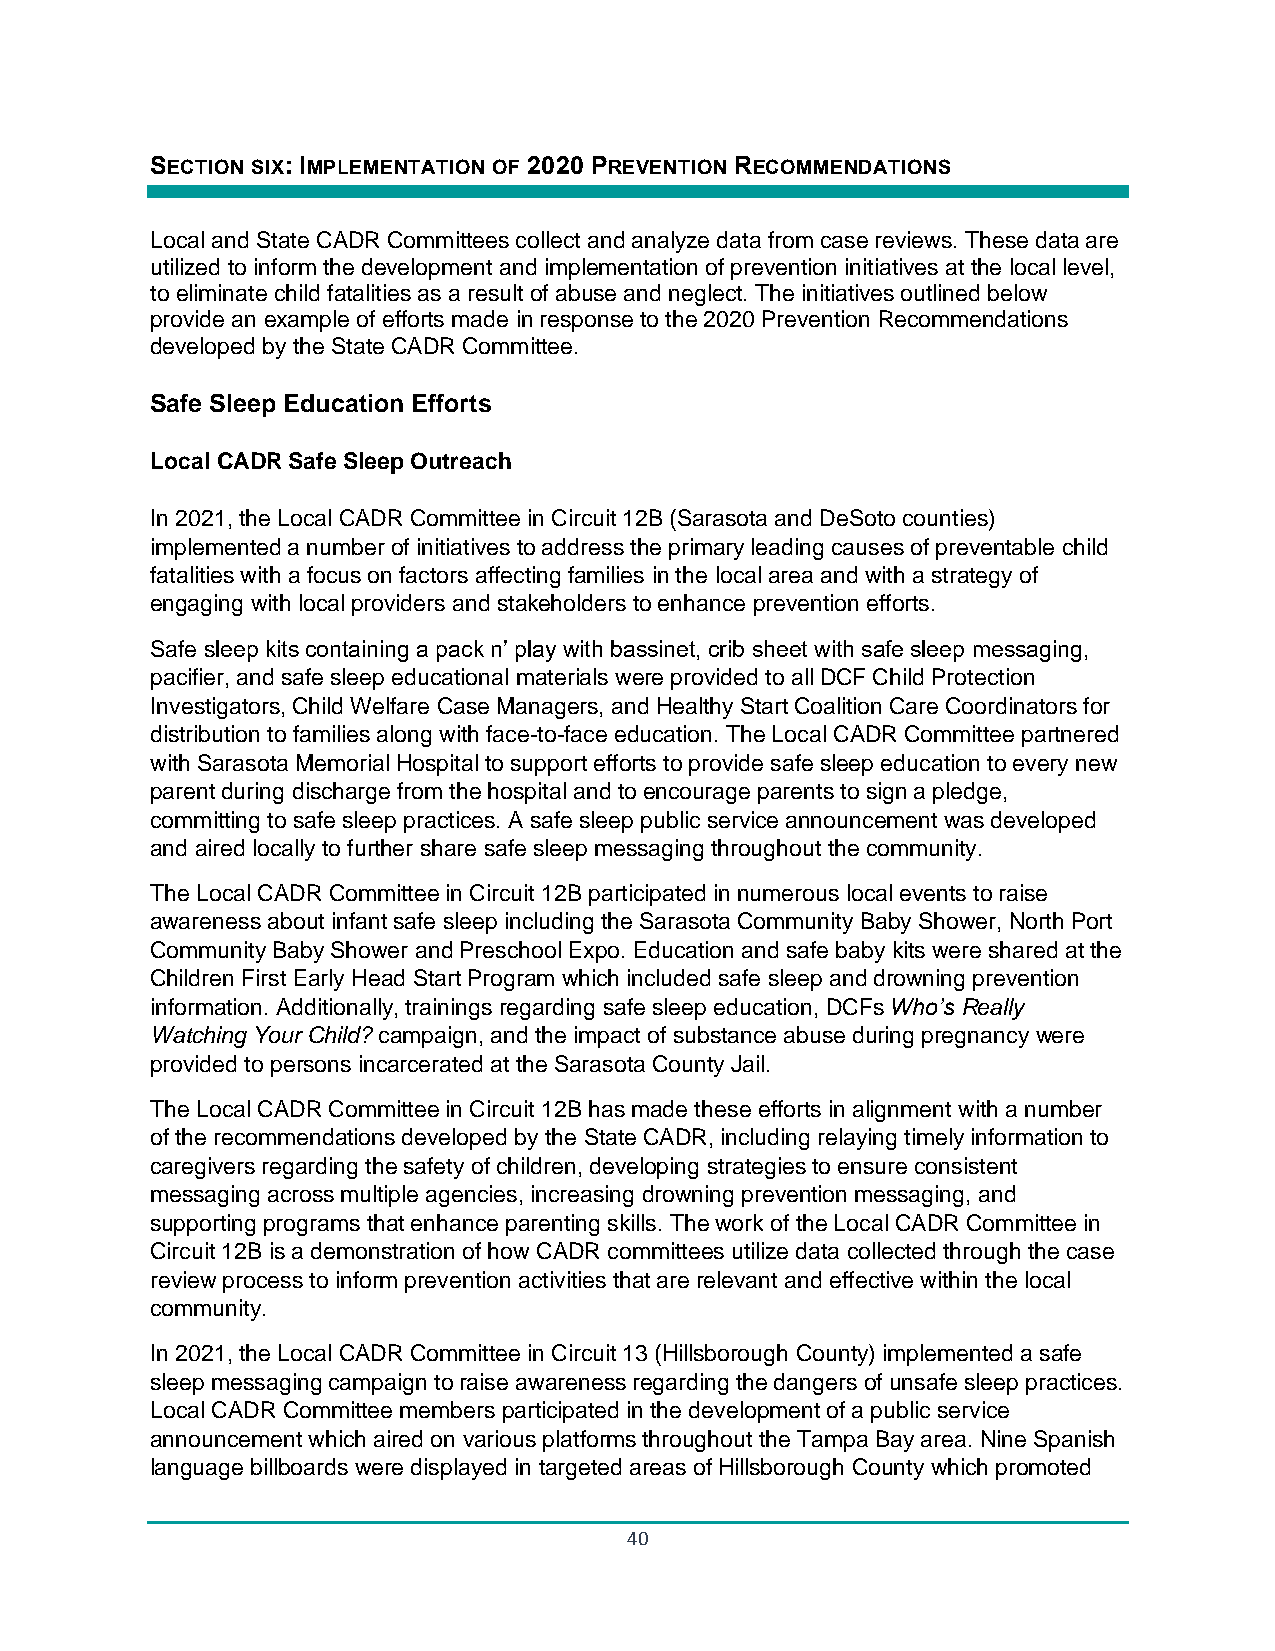
SECTION SIX: IMPLEMENTATION OF 2020 PREVENTION RECOMMENDATIONS
 Local and State CADR Committees collect and analyze data from case reviews. These data are
 utilized to inform the development and implementation of prevention initiatives at the local level,
 to eliminate child fatalities as a result of abuse and neglect. The initiatives outlined below
 provide an example of efforts made in response to the 2020 Prevention Recommendations
 developed by the State CADR Committee.
 Safe Sleep Education Efforts
 Local CADR Safe Sleep Outreach
 In 2021, the Local CADR Committee in Circuit 12B (Sarasota and DeSoto counties)
 implemented a number of initiatives to address the primary leading causes of preventable child
 fatalities with a focus on factors affecting families in the local area and with a strategy of
 engaging with local providers and stakeholders to enhance prevention efforts.
 Safe sleep kits containing a pack n’ play with bassinet, crib sheet with safe sleep messaging,
 pacifier, and safe sleep educational materials were provided to all DCF Child Protection
 Investigators, Child Welfare Case Managers, and Healthy Start Coalition Care Coordinators for
 distribution to families along with face-to-face education. The Local CADR Committee partnered
 with Sarasota Memorial Hospital to support efforts to provide safe sleep education to every new
 parent during discharge from the hospital and to encourage parents to sign a pledge,
 committing to safe sleep practices. A safe sleep public service announcement was developed
 and aired locally to further share safe sleep messaging throughout the community.
 The Local CADR Committee in Circuit 12B participated in numerous local events to raise
 awareness about infant safe sleep including the Sarasota Community Baby Shower, North Port
 Community Baby Shower and Preschool Expo. Education and safe baby kits were shared at the
 Children First Early Head Start Program which included safe sleep and drowning prevention
 information. Additionally, trainings regarding safe sleep education, DCFs Who’s Really
 Watching Your Child? campaign, and the impact of substance abuse during pregnancy were
 provided to persons incarcerated at the Sarasota County Jail.
 The Local CADR Committee in Circuit 12B has made these efforts in alignment with a number
 of the recommendations developed by the State CADR, including relaying timely information to
 caregivers regarding the safety of children, developing strategies to ensure consistent
 messaging across multiple agencies, increasing drowning prevention messaging, and
 supporting programs that enhance parenting skills. The work of the Local CADR Committee in
 Circuit 12B is a demonstration of how CADR committees utilize data collected through the case
 review process to inform prevention activities that are relevant and effective within the local
 community.
 In 2021, the Local CADR Committee in Circuit 13 (Hillsborough County) implemented a safe
 sleep messaging campaign to raise awareness regarding the dangers of unsafe sleep practices.
 Local CADR Committee members participated in the development of a public service
 announcement which aired on various platforms throughout the Tampa Bay area. Nine Spanish
 language billboards were displayed in targeted areas of Hillsborough County which promoted
 40